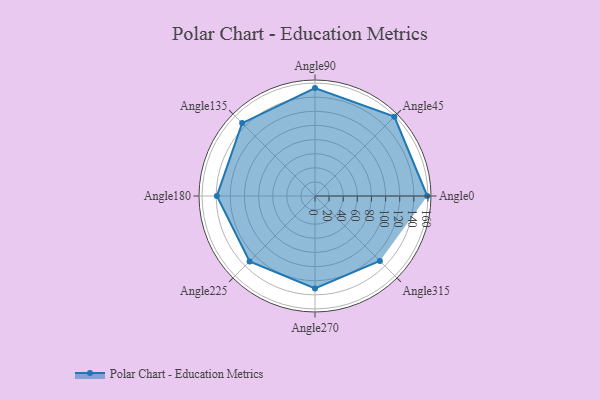
{"axis": {"x": "Angle", "y": "Radius"}, "legend": [""], "data": [{"x": "Angle0", "y": 159.0, "type": ""}, {"x": "Angle45", "y": 159.0, "type": ""}, {"x": "Angle90", "y": 153.0, "type": ""}, {"x": "Angle135", "y": 146.0, "type": ""}, {"x": "Angle180", "y": 139.0, "type": ""}, {"x": "Angle225", "y": 131.0, "type": ""}, {"x": "Angle270", "y": 131.0, "type": ""}, {"x": "Angle315", "y": 130.0, "type": ""}]}